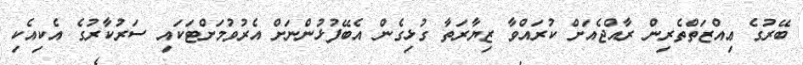
ބޭރުގެ ޢިއްޒަތްތެރިން ރާއްޖެއަށް ކުރައްވާ ޒިޔާރަތާ ގުޅިގެން އެބޭފުޅުންނަށް އެރުވުމަށްޓަކައި ސަރުކާރުގެ އެކިއެކި